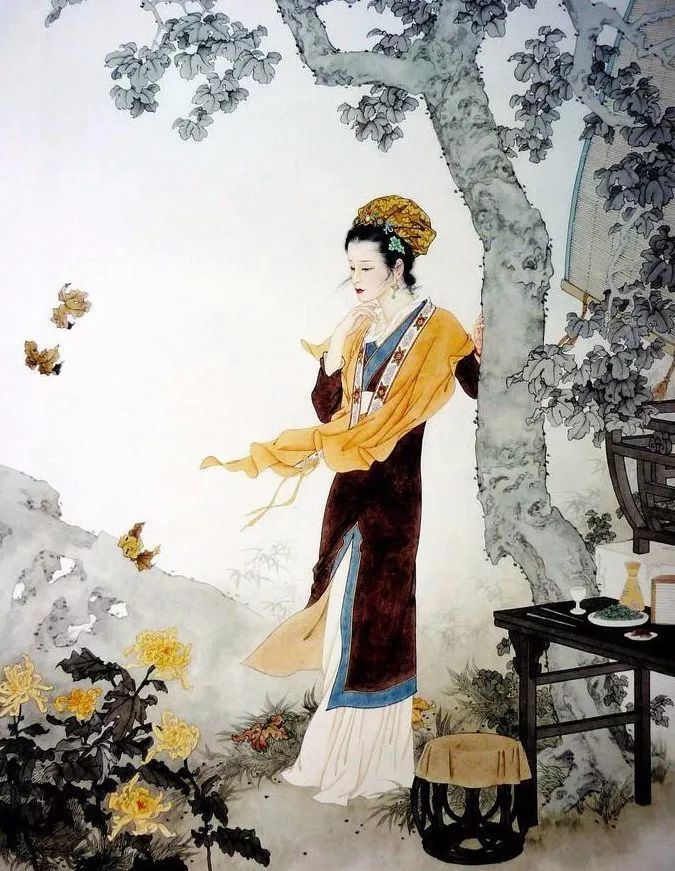
佳节久从愁里过，壮心偶傍醉中来。